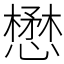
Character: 懋